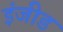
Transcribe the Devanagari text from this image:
इंजीड